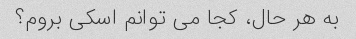
به هر حال، کجا می توانم اسکی بروم؟